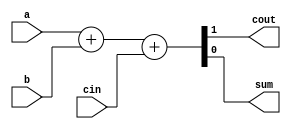
module adder(
	input wire a, b, cin,
	output wire cout, sum);

	assign {cout,sum} = a+b+cin;
endmodule